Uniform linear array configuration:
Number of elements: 24
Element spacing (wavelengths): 0.5
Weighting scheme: binomial
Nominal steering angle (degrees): -45
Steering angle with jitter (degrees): -43.172
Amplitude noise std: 0.05
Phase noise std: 0.05

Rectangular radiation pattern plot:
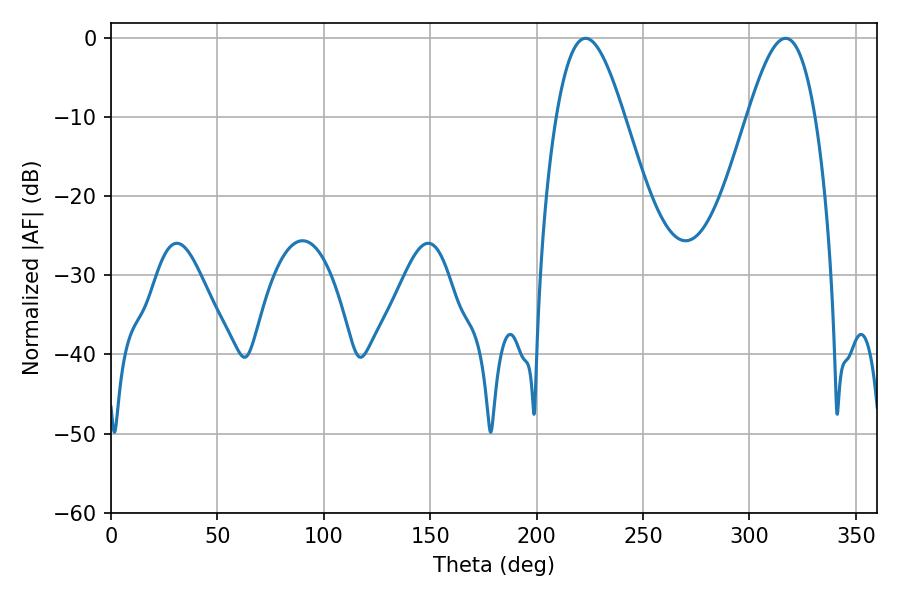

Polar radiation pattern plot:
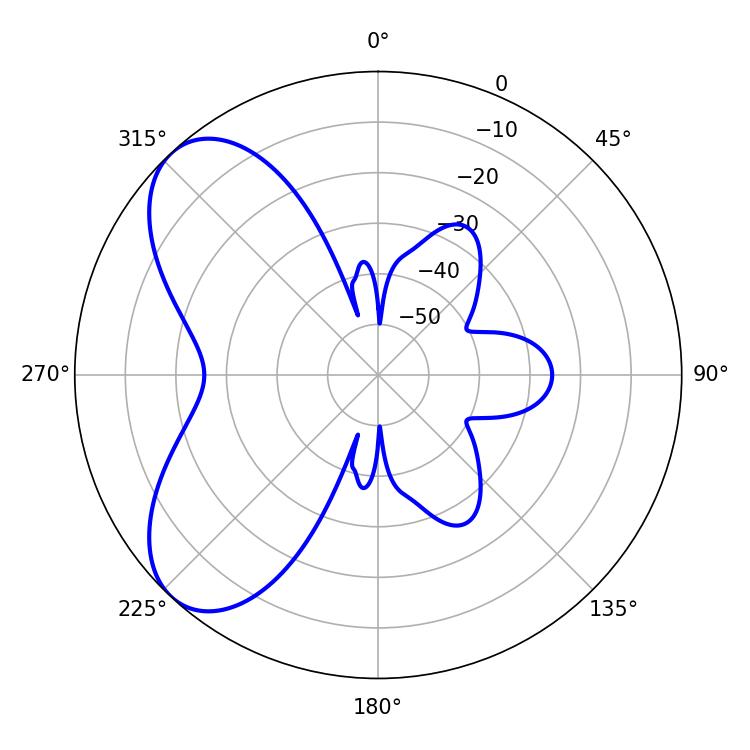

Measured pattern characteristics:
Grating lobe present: FALSE
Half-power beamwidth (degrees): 17.1
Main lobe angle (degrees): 223.02